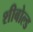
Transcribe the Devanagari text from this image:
शीबोल्ड